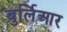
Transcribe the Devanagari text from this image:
बुर्लिआर